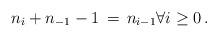
LaTeX: \begin{align*}n_{i} + n_{-1} -1 \, =\, n_{i-1}\forall i\geq 0\, . \end{align*}